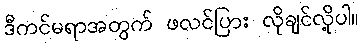
ဒီကင်မရာအတွက် ဖလင်ပြား လိုချင်လို့ပါ။